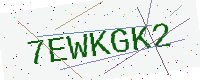
Text: 7EWKGK2